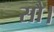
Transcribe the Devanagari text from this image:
सौ।